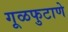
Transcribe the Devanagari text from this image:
गूळफुटाणे